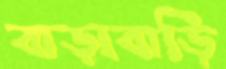
বাড়াবাড়ি